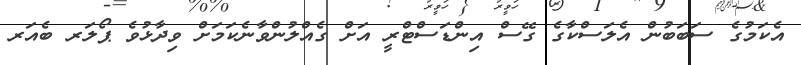
އެކަމުގެ ސަބަބުން އެލަސްކާގެ ގޭސް އިންޑަސްޓްރީ އަށް ގެއްލުންވާނެކަމަށް ވިދާޅުވެ ޕޯލަރ ބެއަރ